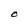
Character: O